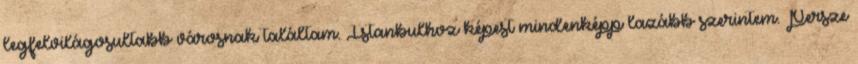
legfelvilágosultabb városnak találtam. Istanbulhoz képest mindenképp lazább szerintem. Persze